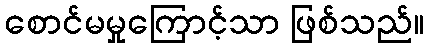
စောင်မမှုကြောင့်သာ ဖြစ်သည်။